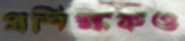
প্রশিক্ষকও